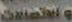
والاتصالات